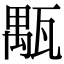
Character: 㼴